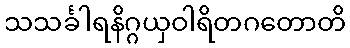
သသင်္ခါရနိဂ္ဂယှဝါရိတဂတောတိ